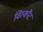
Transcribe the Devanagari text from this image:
विस्कौंट